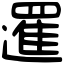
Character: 𨗴